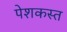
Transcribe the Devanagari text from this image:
पेशकस्त